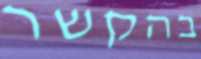
בהקשר